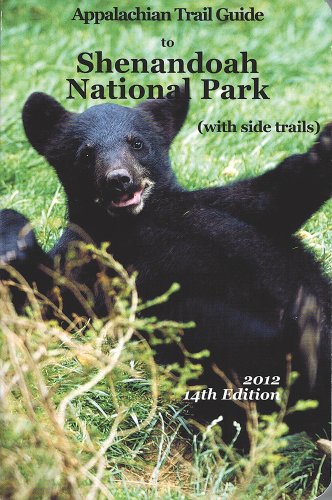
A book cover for Appalachian Trail Guide to Shenandoah National Park; John Hedrick; Sports & Outdoors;